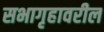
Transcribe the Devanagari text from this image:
सभागृहावरील